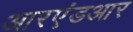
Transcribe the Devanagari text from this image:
आरएंडआर